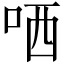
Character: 哂